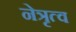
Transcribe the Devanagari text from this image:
नेत्रृत्व